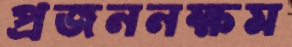
প্রজননক্ষম